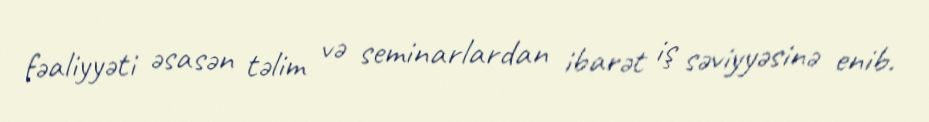
fəaliyyəti əsasən təlim və seminarlardan ibarət iş səviyyəsinə enib.